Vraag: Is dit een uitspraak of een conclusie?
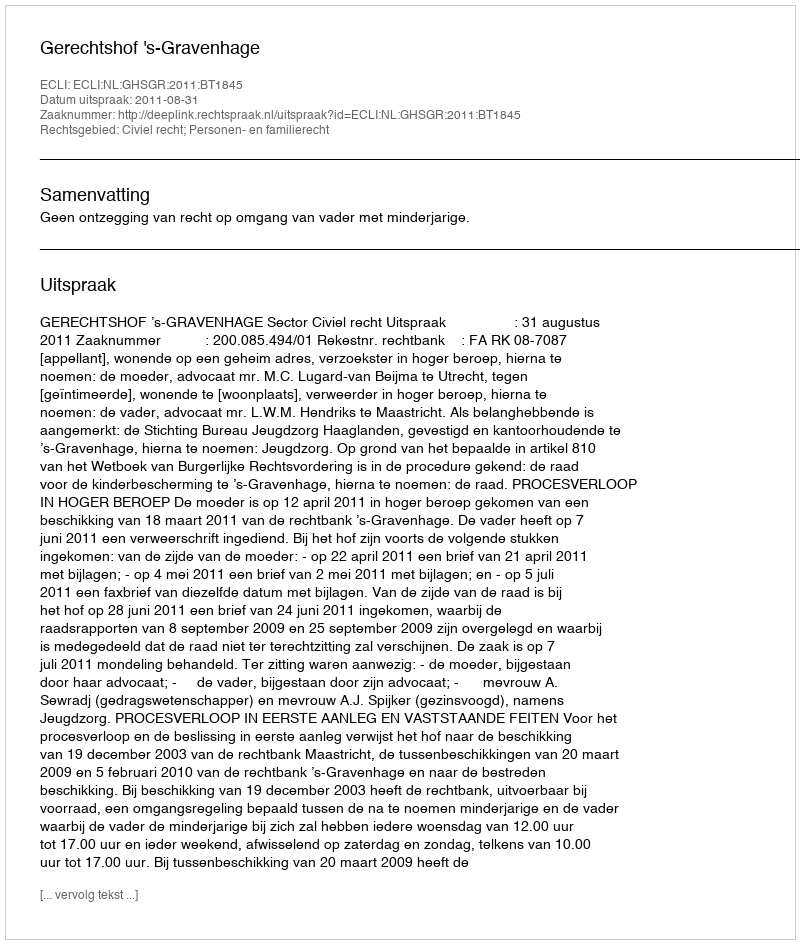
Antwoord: Uitspraak